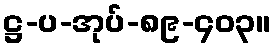
ဋ္ဌ-ပ-အုပ်-၈၉-၄၀၃။